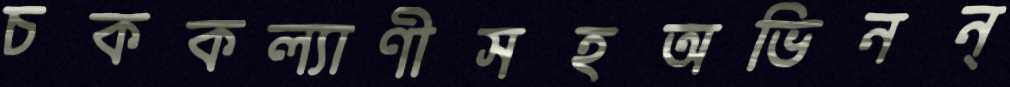
চককল্যাণীসহঅভিনন্